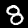
Label: 8